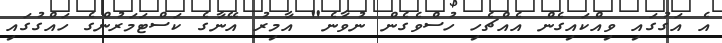
އެ އަގުގައި ވިއްކައިގެން އެއްޗެހި ހުސްވެގެން ނުވާނެ" އާމިރު އޭނާގެ ކަސްޓަމަރުންގެ ހައްގުގައި